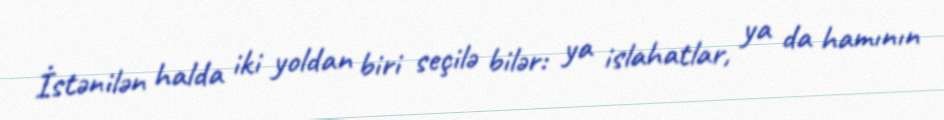
İstənilən halda iki yoldan biri seçilə bilər: ya islahatlar, ya da hamının